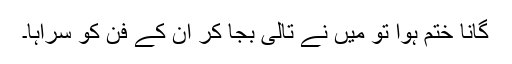
گانا ختم ہوا تو میں نے تالی بجا کر ان کے فن کو سراہا۔